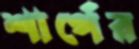
শার্পের